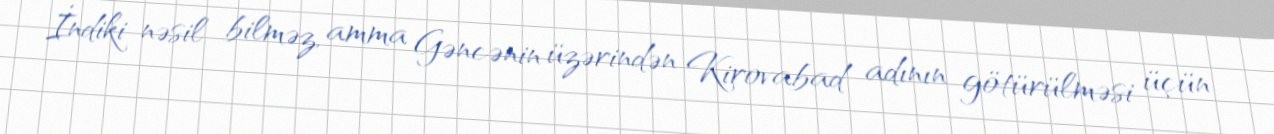
İndiki nəsil bilməz, amma Gəncənin üzərindən Kirovabad adının götürülməsi üçün